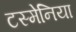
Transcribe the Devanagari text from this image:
टस्मेनिया